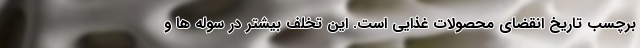
برچسب تاریخ انقضای محصولات غذایی است. این تخلف بیشتر در سوله ها و